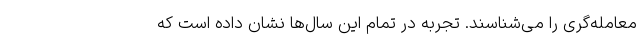
معامله‌گری را می‌شناسند. تجربه در تمام این سال‌ها نشان داده است که